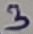
Text: 3